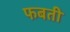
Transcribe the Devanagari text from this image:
फबती